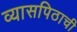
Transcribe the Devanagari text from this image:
व्यासपिठाची